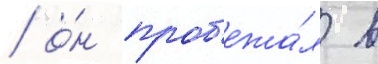
/ о́н проб'ежа́л в